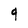
Character: q